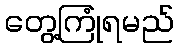
တွေ့ကြုံရမည်